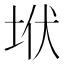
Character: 垘